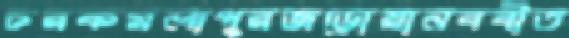
চরকমলাপুরজড়োয়ানববীত